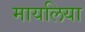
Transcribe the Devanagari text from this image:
मायलिया